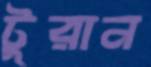
টুরান